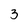
Character: 3